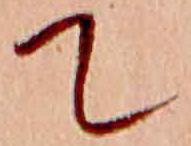
て